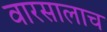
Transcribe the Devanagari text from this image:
वारसालाच